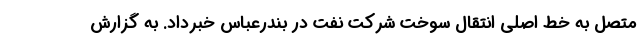
متصل به خط اصلی انتقال سوخت شرکت نفت در بندرعباس خبرداد. به گزارش